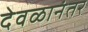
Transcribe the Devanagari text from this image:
देवळानंतर